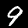
Label: 9